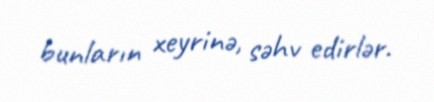
bunların xeyrinə, səhv edirlər.